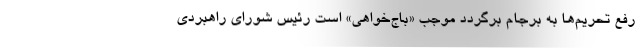
رفع تحریم‌ها به برجام برگردد موجب «باج‌خواهی» است رئیس شورای راهبردی